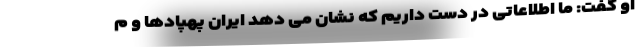
او گفت: ما اطلاعاتی در دست داریم که نشان می دهد ایران پهپادها و م